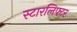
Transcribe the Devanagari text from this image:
स्टारलिफ्टर